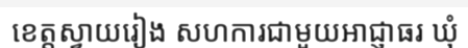
ខេត្តស្វាយរៀង សហការជាមួយអាជ្ញាធរ ឃុំ